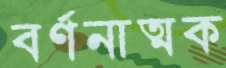
বর্ণনাত্মক